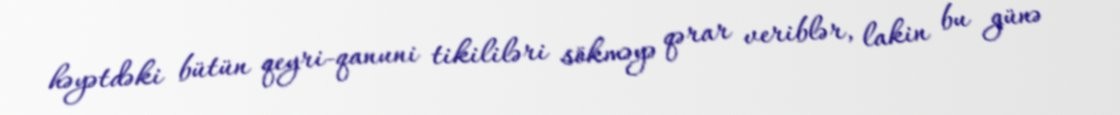
həyətdəki bütün qeyri-qanuni tikililəri sökməyə qərar veriblər, lakin bu günə